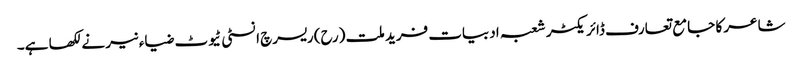
شاعر کا جامع تعارف ڈائریکٹر شعبہ ادبیات فرید ملت (رح) ریسرچ انسٹی ٹیوٹ ضیاء نیر نے لکھا ہے۔